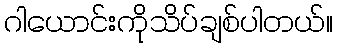
ဂါယောင်းကိုသိပ်ချစ်ပါတယ်။